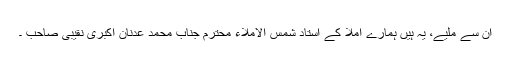
ان سے ملیے، یہ ہیں ہمارے املا کے استاد شمس الاملاء محترم جناب محمد عدنان اکبری نقیبی صاحب ۔